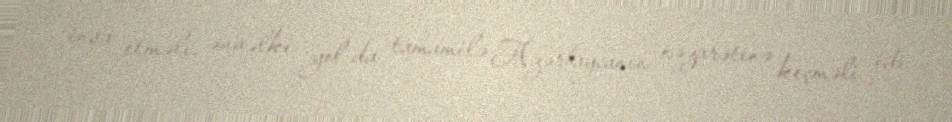
inşa etməli, əvvəlki yol da tamamilə Azərbaycanın nəzarətinə keçməli idi.